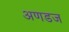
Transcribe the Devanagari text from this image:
अणडज